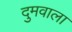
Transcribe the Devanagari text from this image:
दुमवाला